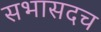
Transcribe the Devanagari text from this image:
सभासदच